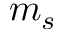
m _ { s }